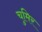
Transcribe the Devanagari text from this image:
चुमिर